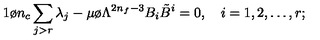
{ 1 \o n _ { c } } \sum _ { j > r } \lambda _ { j } - { \mu \o \Lambda ^ { 2 n _ { f } - 3 } } B _ { i } { \tilde { B } } ^ { i } = 0 , \quad i = 1 , 2 , \ldots , r ;